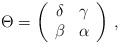
\begin{align*}\Theta = \left(\begin{array}{cc}\delta & \gamma \\\beta & \alpha\end{array}\right) \,,\end{align*}